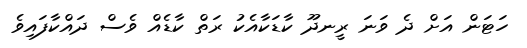
ހަޓަން އަށް ދެ ވަނަ ރީނދޫ ކާޑަކާއެކު ރަތް ކާޑެއް ވެސް ދައްކާފައިވެ